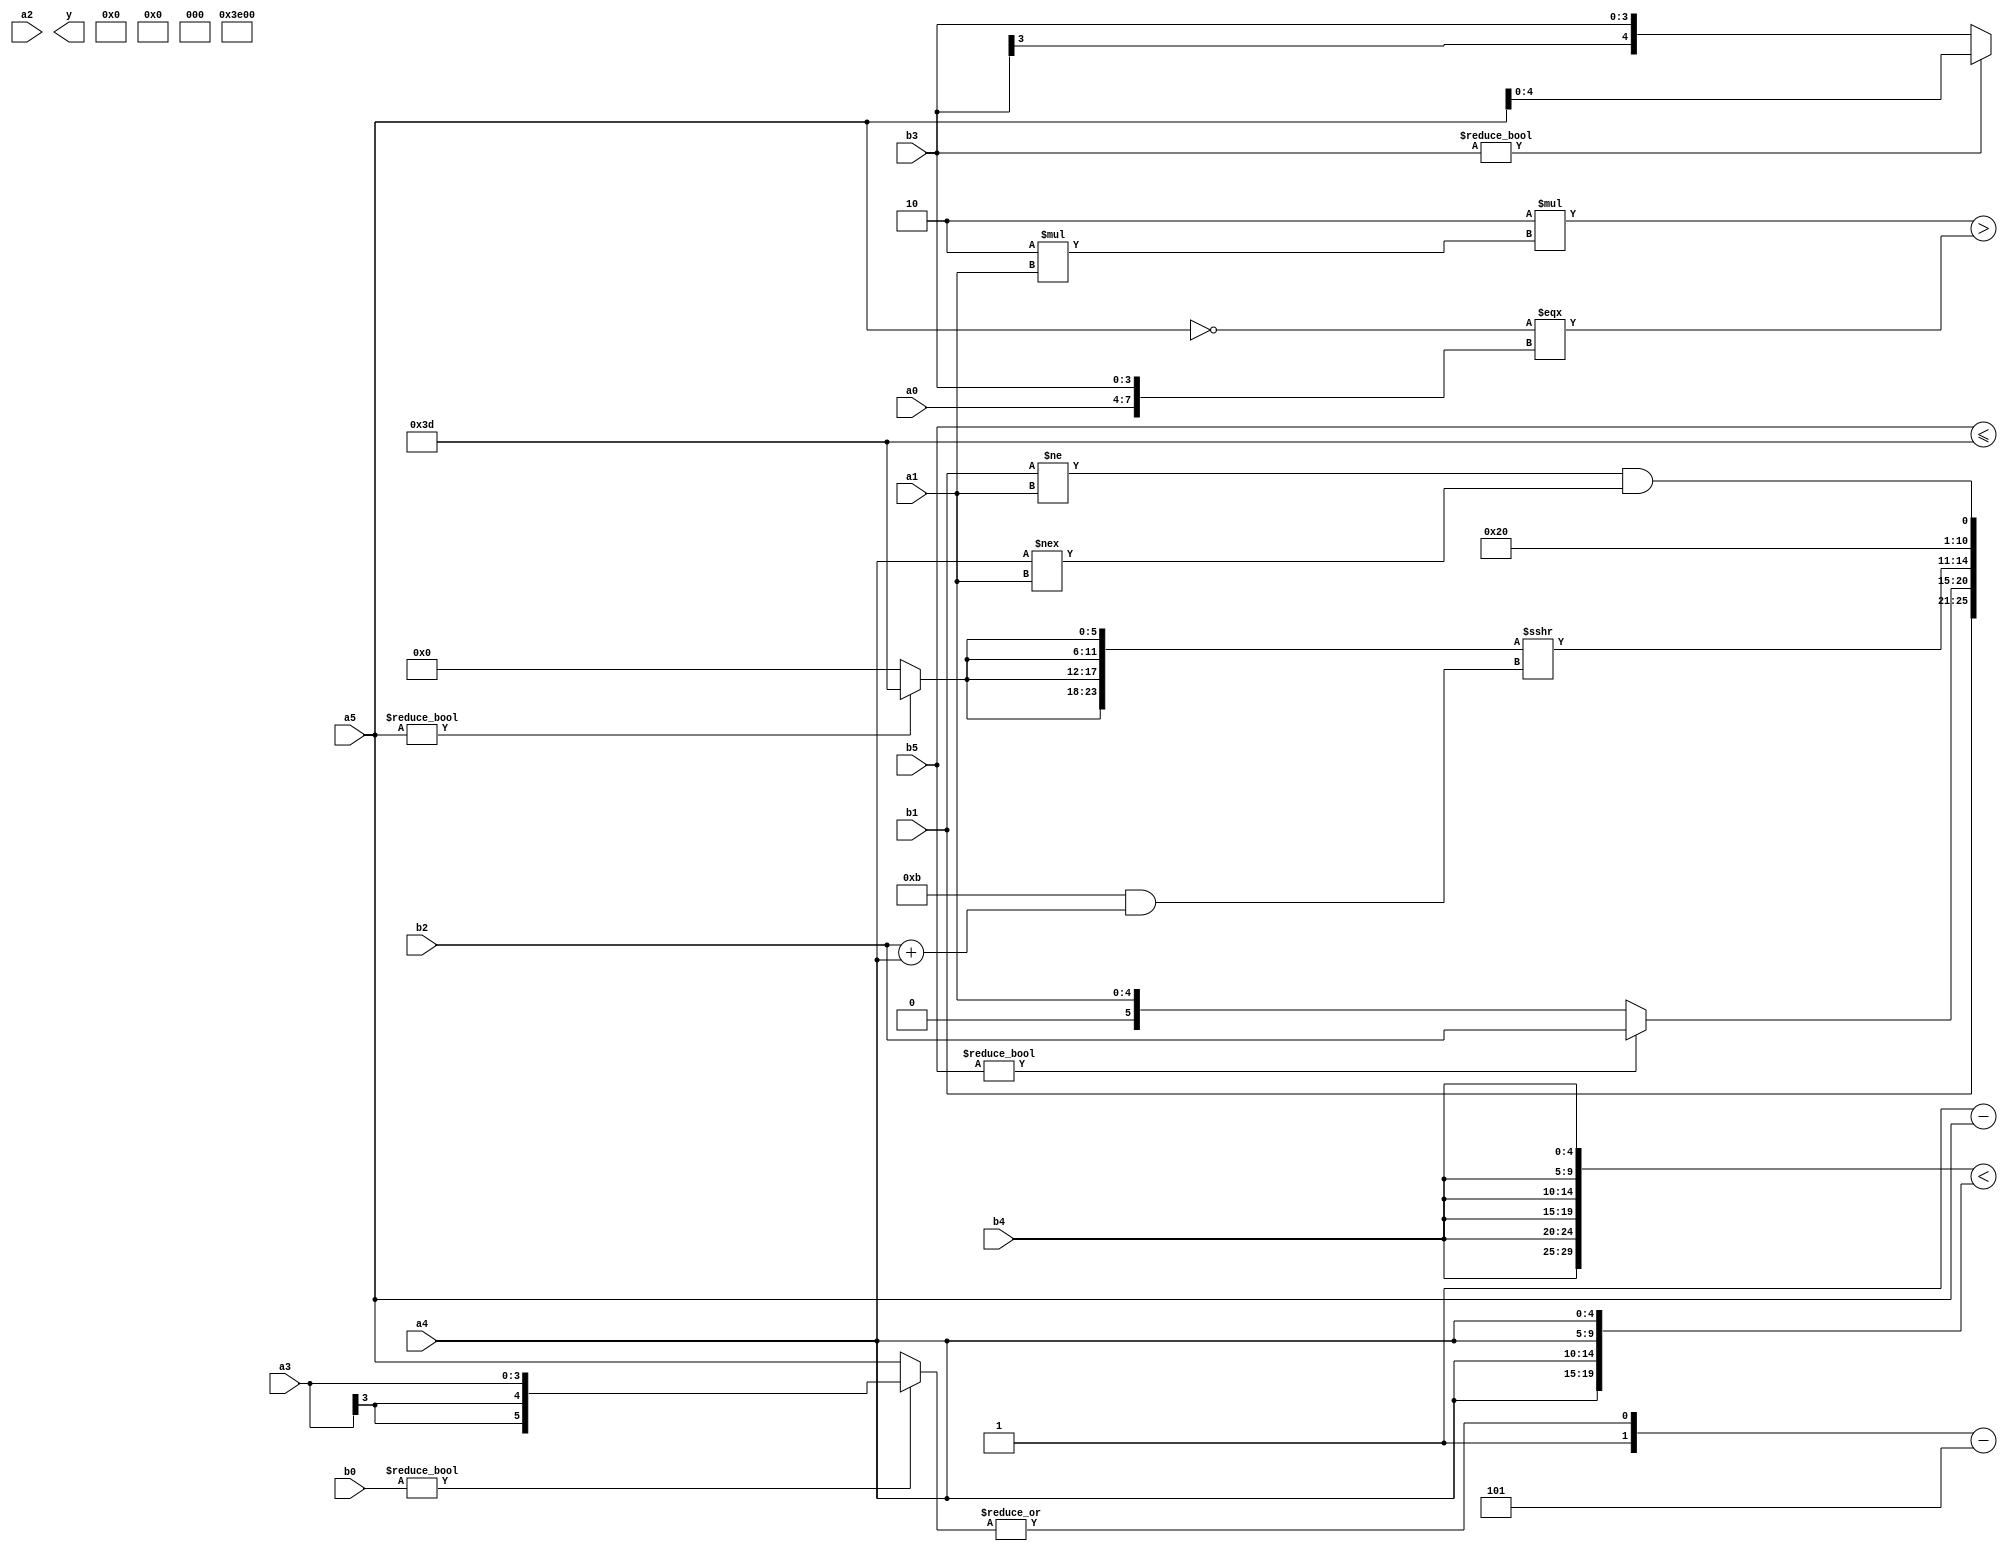
module expression_00736(a0, a1, a2, a3, a4, a5, b0, b1, b2, b3, b4, b5, y);
  input [3:0] a0;
  input [4:0] a1;
  input [5:0] a2;
  input signed [3:0] a3;
  input signed [4:0] a4;
  input signed [5:0] a5;

  input [3:0] b0;
  input [4:0] b1;
  input [5:0] b2;
  input signed [3:0] b3;
  input signed [4:0] b4;
  input signed [5:0] b5;

  wire [3:0] y0;
  wire [4:0] y1;
  wire [5:0] y2;
  wire signed [3:0] y3;
  wire signed [4:0] y4;
  wire signed [5:0] y5;
  wire [3:0] y6;
  wire [4:0] y7;
  wire [5:0] y8;
  wire signed [3:0] y9;
  wire signed [4:0] y10;
  wire signed [5:0] y11;
  wire [3:0] y12;
  wire [4:0] y13;
  wire [5:0] y14;
  wire signed [3:0] y15;
  wire signed [4:0] y16;
  wire signed [5:0] y17;

  output [89:0] y;
  assign y = {y0,y1,y2,y3,y4,y5,y6,y7,y8,y9,y10,y11,y12,y13,y14,y15,y16,y17};

  localparam [3:0] p0 = (-(((4'sd7)>>>(4'sd6))<<<(^(2'sd0))));
  localparam [4:0] p1 = {4{{(-3'sd3),(-4'sd3),(5'd5)}}};
  localparam [5:0] p2 = (~&((^(~^(&(!(5'd11)))))==(~(((-2'sd1)&&(-5'sd7))&&{3{(4'd5)}}))));
  localparam signed [3:0] p3 = ((2'd1)<<((3'd4)?(-3'sd3):(4'd8)));
  localparam signed [4:0] p4 = ({4{(!(-3'sd3))}}&(({(2'sd0),(3'd2),(5'd23)}<={1{(4'd4)}})&&{(5'sd5),(-5'sd10),(4'sd7)}));
  localparam signed [5:0] p5 = ((-4'sd2)?{2{(4'sd2)}}:{4{(2'sd1)}});
  localparam [3:0] p6 = (~^{(~|(|({((4'd15)&(5'd2))}?((3'sd1)<<<(5'd11)):(-((5'sd9)&(4'sd7))))))});
  localparam [4:0] p7 = (-4'sd5);
  localparam [5:0] p8 = (+(+(-(+(~(-4'sd4))))));
  localparam signed [3:0] p9 = (((5'd2)|(-2'sd1))%(2'd1));
  localparam signed [4:0] p10 = (((-4'sd5)>=(-5'sd12))?{4{(-4'sd0)}}:(-3'sd2));
  localparam signed [5:0] p11 = ((+(-2'sd1))<<((2'd1)?(4'd6):(-4'sd6)));
  localparam [3:0] p12 = ((5'sd4)&(3'd0));
  localparam [4:0] p13 = ((-3'sd1)===((~((5'sd2)^~(5'd24)))<<<((4'd3)?(3'd5):(3'd1))));
  localparam [5:0] p14 = {4{(-5'sd3)}};
  localparam signed [3:0] p15 = (-((-4'sd3)<<(!(~|(-((!(2'sd1))<<<(4'd9)))))));
  localparam signed [4:0] p16 = {(!(3'd1)),((5'd18)!==(3'sd1))};
  localparam signed [5:0] p17 = {3{(((4'd13)?(-2'sd0):(3'd3))>=(&(4'd4)))}};

  assign y0 = ((5'd2 * (4'd2 * a1))>(((+(!a5))==={a0,b3})));
  assign y1 = ({2{{3{b4}}}}<(+{4{a4}}));
  assign y2 = $signed(p8);
  assign y3 = {(3'd5),{2{(-2'sd1)}},{3{(p17?b0:p2)}}};
  assign y4 = {(b5&a3),{p16,b4},{b4,a1}};
  assign y5 = {({b1,b3,a1}&(-4'sd7)),{{(p10<a3),(5'sd3)},{(b3?a5:b3),(b5<=p8)}}};
  assign y6 = {p3,p16,p6};
  assign y7 = ({1{$signed({4{{3{p13}}}})}});
  assign y8 = ((a3==a3)-$unsigned(a5));
  assign y9 = ({(~^(-2'sd1)),(|(b0?a3:a5))}-((-4'sd5)?(-5'sd11):(a1+b4)));
  assign y10 = ((-4'sd1)<<<(+{2{{2{p11}}}}));
  assign y11 = ((a5?a5:b0)<<<(5'd11));
  assign y12 = ((((4'd2 * p14))?(p3?a2:a5):$unsigned((p9<=p5)))<((p16^p16)?(p5>>>p17):((p17/p11))));
  assign y13 = {a2,b1};
  assign y14 = {(b5?b2:a1)};
  assign y15 = (({4{(a5?p8:p4)}}>>>((5'd11)&(b2+a4))));
  assign y16 = (2'sd1);
  assign y17 = (((b1!=a1)&&(a4!==a1))<<<{3{(5'd2 * p0)}});
endmodule